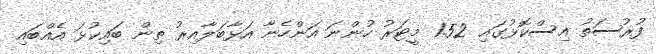
ފުރުސަތު އިސްކޮޅުގައި 1.52 މީޓަރު ހުންނަ އަންހެނާ އަޅާބަލާއިރު ތިން ބައިކުޅަ އެއްބައި